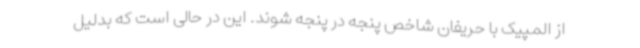
از المپیک با حریفان شاخص پنجه در پنجه شوند. این در حالی است که بدلیل